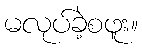
မလုပ်ခဲ့စဖူး။